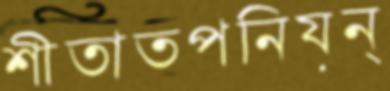
শীতাতপনিয়ন্